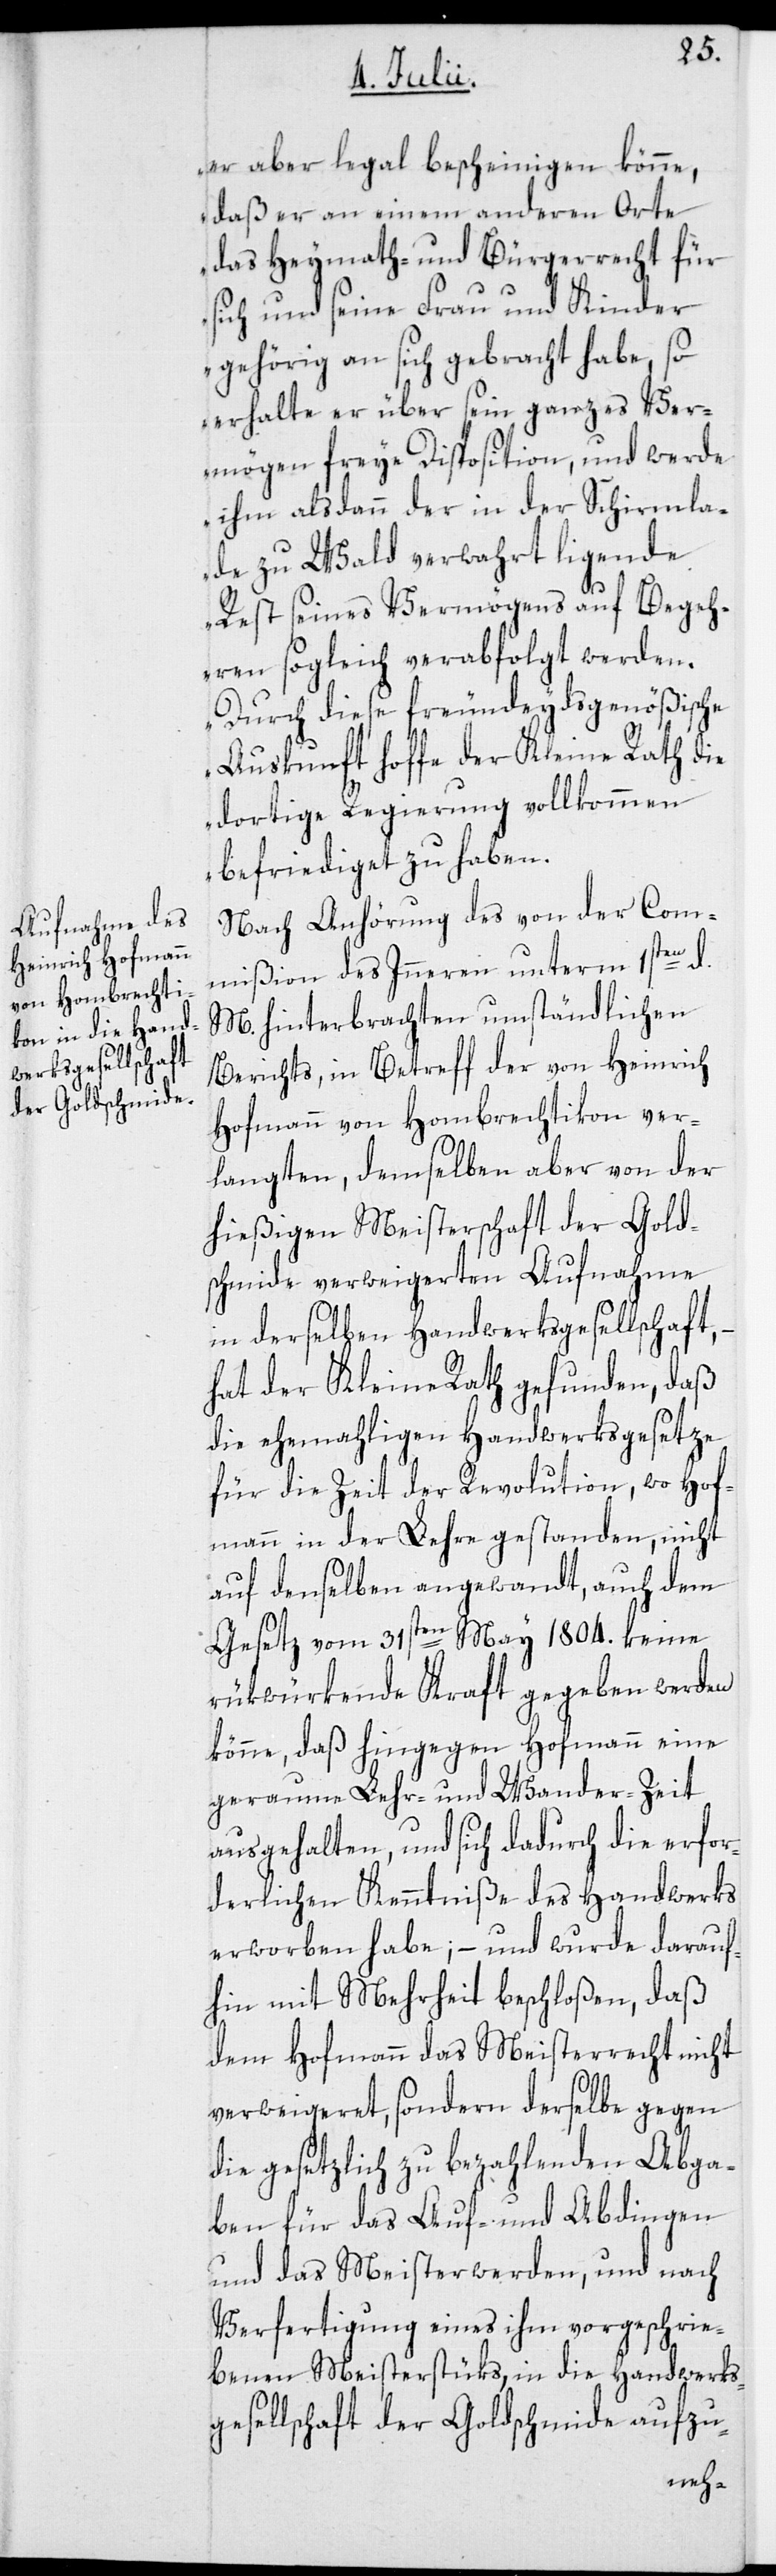
er aber legal bescheinigen könne,
daß er an einem anderen Orte
das Heymath- und Bürgerrecht für
sich und seine Frau und Kinder
gehörig an sich gebracht habe, so
erhalte er über sein ganzes Ver¬
mögen freye Disposition, und werde
ihm alsdann der in der Schirmla¬
de zu Wald verwahrt ligende
Rest seines Vermögens auf Begeh¬
ren sogleich verabfolgt werden.
Durch diese freundeydsgenößische
Auskunft hoffe der Kleine Rath die
dortige Regierung vollkommen
befriediget zu haben.
Nach Anhörung des von der Com¬
mißion des Inneren unterm 1sten d.
M. hinterbrachten umständlichen
Berichts, in Betreff der von Heinrich
Hofmann von Hombrechtikon ver¬
langten, demselben aber von der
hießigen Meisterschaft der Gold¬
schmide verweigerten Aufnahme
in derselben Handwerksgesellschaft,
hat der Kleine Rath gefunden, daß
die ehemahligen Handwerksgesetze
für die Zeit der Revolution, wo Hof¬
mann in der Lehre gestanden, nicht
auf denselben angewandt, auch dem
Gesetz vom 31sten May 1804. keine
rückwürkende Kraft gegeben werden
könne, daß hingegen Hofmann eine
geraume Lehr- und Wander-Zeit
ausgehalten, und sich dadurch die erfor¬
derlichen Kenntniße des Handwerks
erworben habe; – und wurde darauf¬
hin mit Mehrheit beschloßen, daß
dem Hofmann das Meisterrecht nicht
verweigeret, sondern derselbe gegen
die gesetzlich zu bezahlenden Abga¬
ben für das Auf- und Abdingen
und das Meisterwerden, und nach
Verfertigung eines ihm vorgeschrie¬
benen Meisterstüks, in die Handwerks¬
gesellschaft der Goldschmide aufzu-